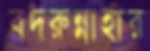
বদরুন্নাহার